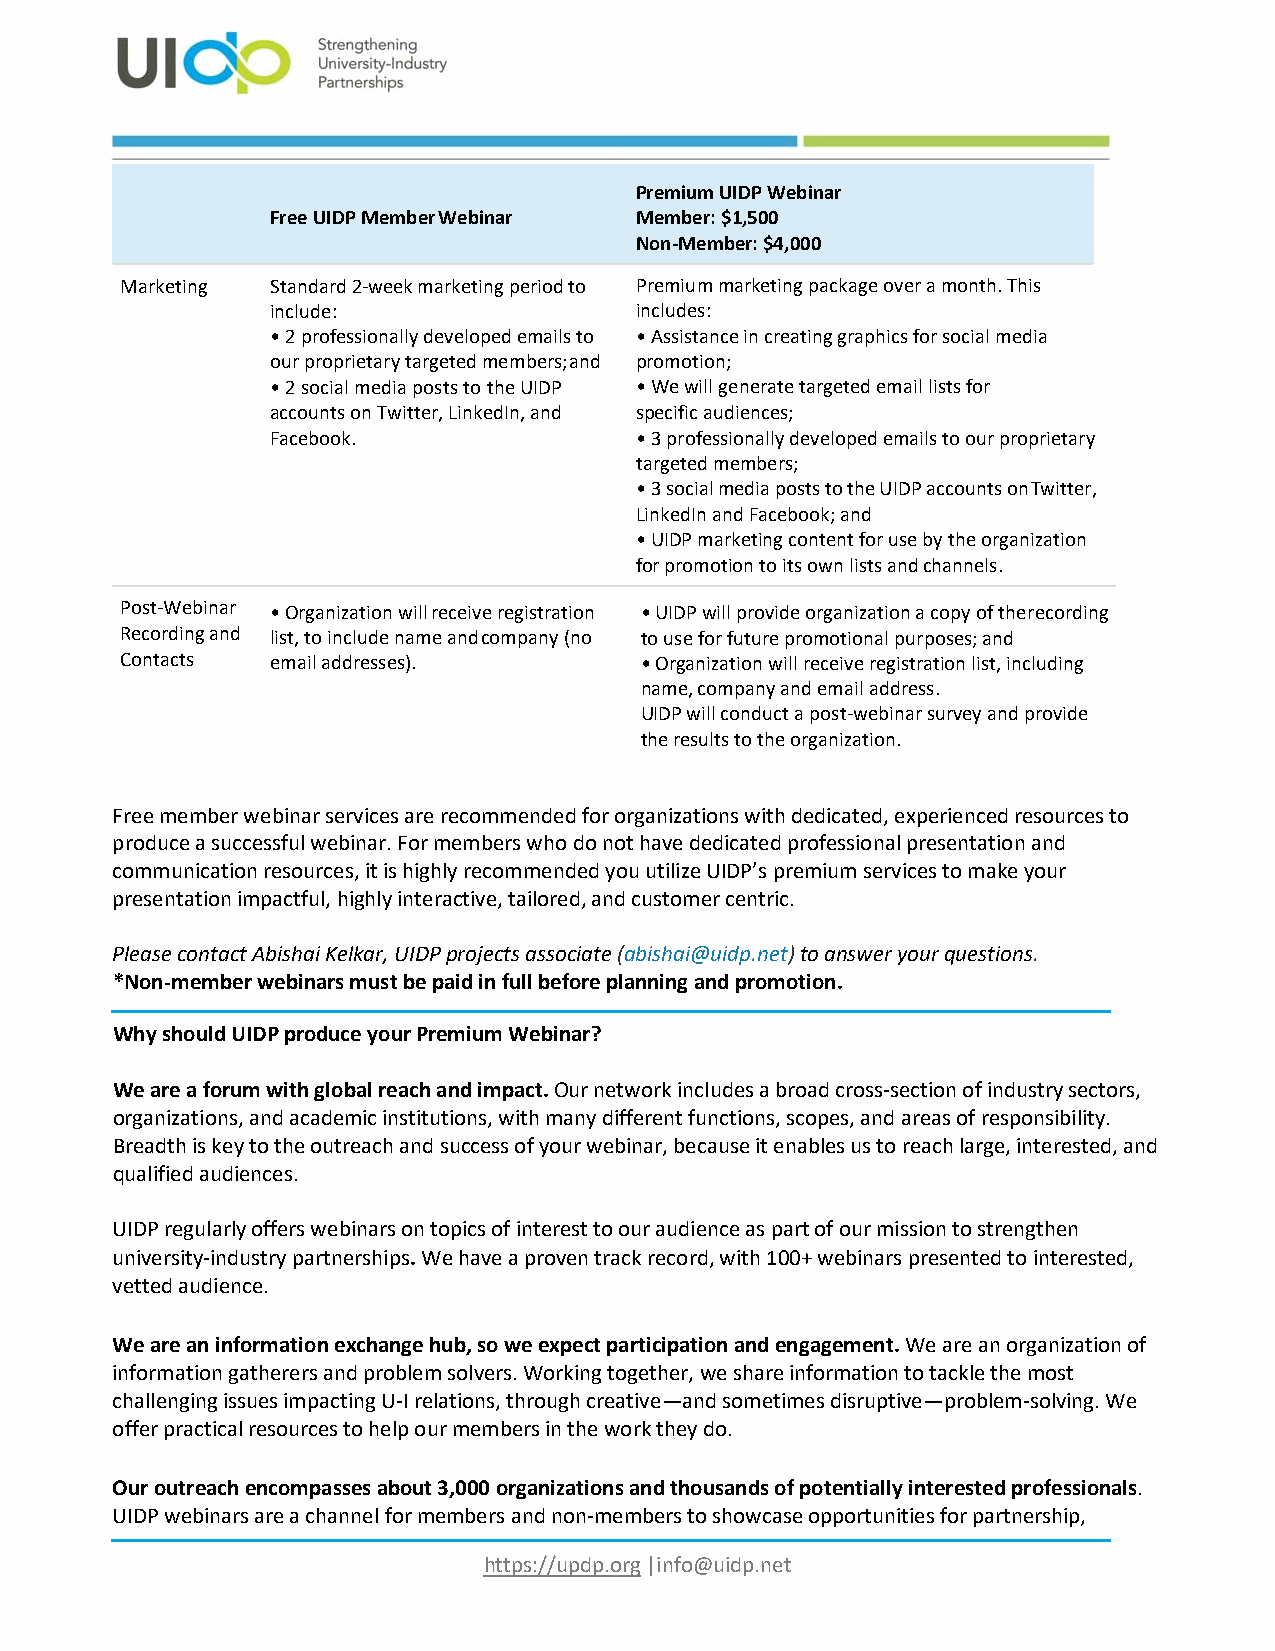
Premium UIDP Webinar
 Free UIDP Member Webinar Member: $1,500
 Non‐Member: $4,000
 Marketing Standard 2‐week marketing period to Premium marketing package over a month. This
 include:                includes:
 •2 professionally developed emails to •Assistance in creating graphics for social media
 our proprietary targeted members; and promotion;
 •2 social media posts to the UIDP •We will generate targeted email lists for
 accounts on Twitter, LinkedIn, and specific audiences;
 Facebook.               •3 professionally developed emails to our proprietary
 targeted members;
 •3 social media posts to the UIDP accounts on Twitter,
 LinkedIn and Facebook; and
 •UIDP marketing content for use by the organization
 for promotion to its own lists and channels.
 Post‐Webinar •Organization will receive registration •UIDP will provide organization a copy of the recording
 Recording and list, to include name and company (no to use for future promotional purposes; and
 Contacts  email addresses).       •Organization will receive registration list, including
 name, company and email address.
 UIDP will conduct a post‐webinar survey and provide
 the results to the organization.
 Free member webinar services are recommended for organizations with dedicated, experienced resources to
 produce a successful webinar. For members who do not have dedicated professional presentation and
 communication resources, it is highly recommended you utilize UIDP’s premium services to make your
 presentation impactful, highly interactive, tailored, and customer centric.
 Please contact Abishai Kelkar, UIDP projects associate (abishai@uidp.net) to answer your questions.
 *Non‐member webinars must be paid in full before planning and promotion.
 Why should UIDP produce your Premium Webinar?
 We are a forum with global reach and impact. Our network includes a broad cross‐section of industry sectors,
 organizations, and academic institutions, with many different functions, scopes, and areas of responsibility.
 Breadth is key to the outreach and success of your webinar, because it enables us to reach large, interested, and
 qualified audiences.
 UIDP regularly offers webinars on topics of interest to our audience as part of our mission to strengthen
 university‐industry partnerships. We have a proven track record, with 100+ webinars presented to interested,
 vetted audience.
 We are an information exchange hub, so we expect participation and engagement. We are an organization of
 information gatherers and problem solvers. Working together, we share information to tackle the most
 challenging issues impacting U‐I relations, through creative—and sometimes disruptive—problem‐solving. We
 offer practical resources to help our members in the work they do.
 Our outreach encompasses about 3,000 organizations and thousands of potentially interested professionals.
 UIDP webinars are a channel for members and non‐members to showcase opportunities for partnership,
 https://updp.org |info@uidp.net